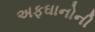
અફઘાનોની